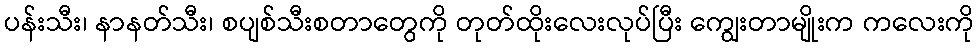
ပန်းသီး၊ နာနတ်သီး၊ စပျစ်သီးစတာတွေကို တုတ်ထိုးလေးလုပ်ပြီး ကျွေးတာမျိုးက ကလေးကို